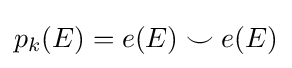
p_{k}(E)=e(E)\smile e(E)